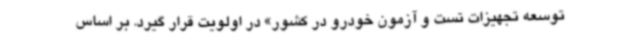
توسعه تجهیزات تست و آزمون خودرو در کشور» در اولویت قرار گیرد. بر اساس